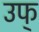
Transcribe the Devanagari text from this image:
उफ्‌